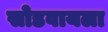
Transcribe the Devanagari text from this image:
सोडवायला